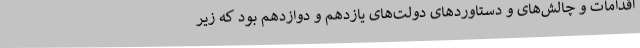
اقدامات و چالش‌های و دستاوردهای دولت‌های یازدهم و دوازدهم بود که زیر